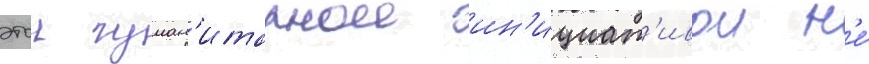
этои гуман'итарнои ин'ициат'ивои н'е́